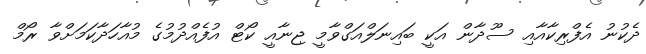
ދެކުނު އެފްރިކާއާއި ސޫދާން އަކީ ބައިނަލްއަގްވާމީ ޖިނާއީ ކޯޓް އުފެއްދުމުގެ މުއާހަދާކަމަށްވާ ރޯމް